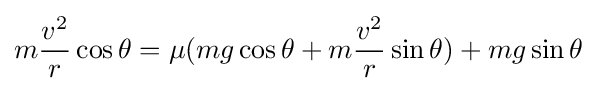
m{\frac {v^{2}}{r}}\cos \theta =\mu (mg\cos {\theta }+m{\frac {v^{2}}{r}}\sin \theta )+mg\sin \theta